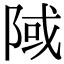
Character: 䧕